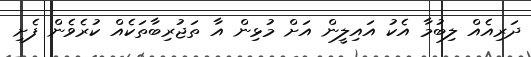
ދަރިއެއް ލިބުމާ އެކު އައިލީން އަށް މުޅިން އާ ތަޖުރިބާތަކެއް ކުރެވެން ފެށި